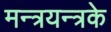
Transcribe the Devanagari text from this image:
मन्त्रयन्त्रके